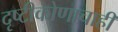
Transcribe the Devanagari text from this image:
दृष्टीकोणाचाही